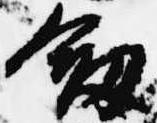
剣